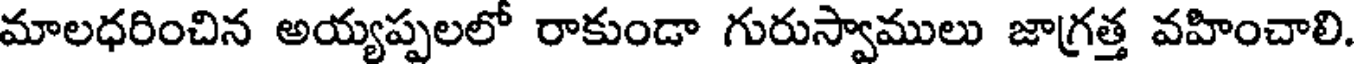
మాలధరించిన అయ్యప్పలలో రాకుండా గురుస్వాములు జాగ్రత్త వహించాలి.